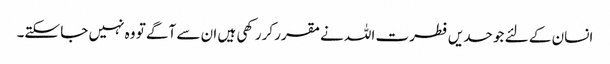
انسان کے لئے جو حدیں فطرت اللہ نےمقرر کررکھی ہیں ان سے آگے تو وہ نہیں جا سکتے۔